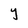
Character: Y